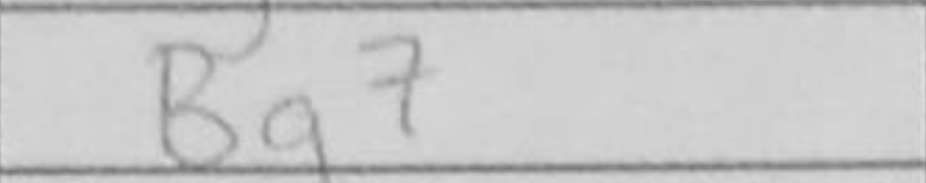
Transcription: Bg7